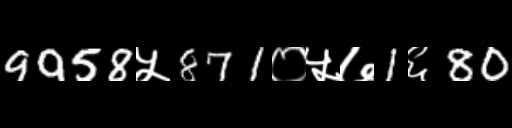
Text: 9958५871०५७1६80